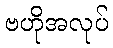
ဗဟိုအလုပ်